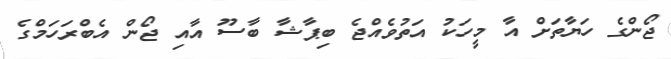
ޖޯންގެ ހަޔާތަށް އާ މީހަކު އަތުވެއްޖެ ބިޕާޝާ ބާސޫ އާއި ޖޯން އެބްރަހަމްގެ